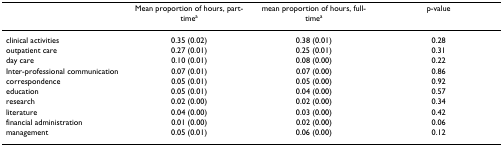
<table><thead><tr><td></td><td><b>Mean proportion of hours, part-time<sup>a</sup></b></td><td><b>mean proportion of hours, full-time<sup>a</sup></b></td><td><b>p-value</b></td></tr></thead><tbody><tr><td>clinical activities</td><td>0.35 (0.02)</td><td>0.38 (0.01)</td><td>0.28</td></tr><tr><td>outpatient care</td><td>0.27 (0.01)</td><td>0.25 (0.01)</td><td>0.31</td></tr><tr><td>day care</td><td>0.10 (0.01)</td><td>0.08 (0.00)</td><td>0.22</td></tr><tr><td>Inter-professional communication</td><td>0.07 (0.01)</td><td>0.07 (0.00)</td><td>0.86</td></tr><tr><td>correspondence</td><td>0.05 (0.01)</td><td>0.05 (0.00)</td><td>0.92</td></tr><tr><td>education</td><td>0.05 (0.01)</td><td>0.04 (0.00)</td><td>0.57</td></tr><tr><td>research</td><td>0.02 (0.00)</td><td>0.02 (0.00)</td><td>0.34</td></tr><tr><td>literature</td><td>0.04 (0.00)</td><td>0.03 (0.00)</td><td>0.42</td></tr><tr><td>financial administration</td><td>0.01 (0.00)</td><td>0.02 (0.00)</td><td>0.06</td></tr><tr><td>management</td><td>0.05 (0.01)</td><td>0.06 (0.00)</td><td>0.12</td></tr></tbody></table>